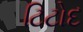
ટિટોદ